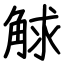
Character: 觩